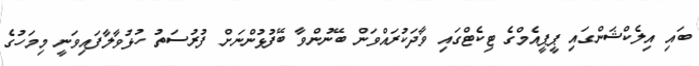
ބައި އިލެކްޝަންގައި ޕީޕީއެމްގެ ޓިކެޓްގައި ވާދަކުރައްވަން ބޭނުންވާ ބޭފުޅުންނަށް ފުރުސަތު ހުޅުވާލާފައިވަނީ މިމަހުގެ